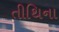
તીથિના